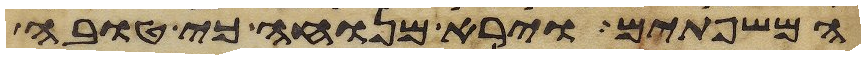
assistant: המשפתים וירא מנוחה כי טובה